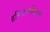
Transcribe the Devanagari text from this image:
हरियालीवाले